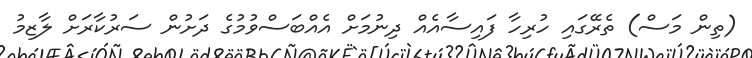
(ތިން މަސް) ތެރޭގައި ހުރިހާ ފައިސާއެއް ދިނުމަށް އެއްބަސްވުމުގެ ދަށުން ސަރުކާރަށް ލާޒިމު